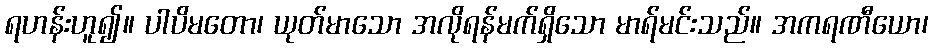
ရဟန်းဟူ၍။ ပါပိမတော၊ ယုတ်မာသော အလိုရန်မက်ရှိသော မာရ်မင်းသည်။ အကရဏီယော၊